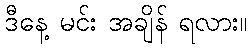
ဒီနေ့ မင်း အချိန် ရလား။